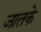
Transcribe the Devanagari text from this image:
जातके